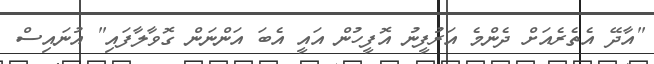
"އާދޭ އެތެރެއަށް ދެންމެ އަރުފީނު އޮފީހުން އައީ އެބަ އަންނަން ގޮވާލާފައި" އުނައިސް